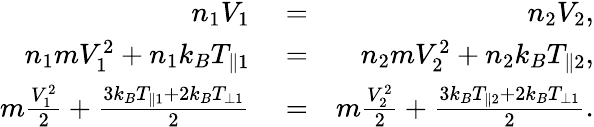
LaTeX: \begin{array}{rlr}{n_{1}V_{1}}&{{}=}&{n_{2}V_{2},}\\ {n_{1}mV_{1}^{2}+n_{1}k_{B}T_{\parallel 1}}&{{}=}&{n_{2}mV_{2}^{2}+n_{2}k_{B}T_{\parallel 2},}\\ {m\frac{V_{1}^{2}}{2}+\frac{3k_{B}T_{\parallel 1}+2k_{B}T_{\perp 1}}{2}}&{{}=}&{m\frac{V_{2}^{2}}{2}+\frac{3k_{B}T_{\parallel 2}+2k_{B}T_{\perp 1}}{2}.}\end{array}